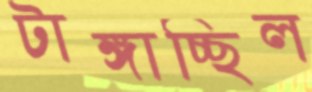
টাঙ্গাচ্ছিল